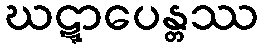
ဃဋ္ဋာပေန္တဿ